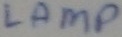
Text: LAMP